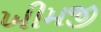
ખીમજી